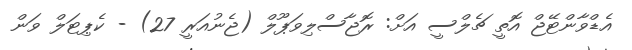
އެޑްވާންޓޭޖް އޮތީ ޗެލްސީ އަށް: ރޮޖާސްލިވަޕޫލް (ޖެނުއަރީ 27) - ކެޕިޓަލް ވަން